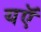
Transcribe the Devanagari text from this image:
यऍ